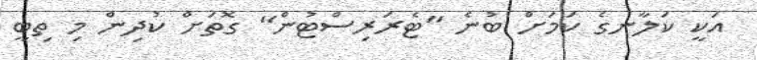
އަކީ ކަލާނގެ ކަމަށް ބުނެ "ޓެރަރިސްޓުން" ގޮތަށް ކުދިން މި ތިބީ